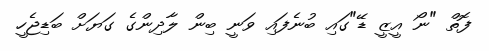
ފޮތް "ނޯ އީޒީ ޑޭ"ގައި ބުނެފައި ވަނީ ބިން ލާދިންގެ ގަޔަށް ބަޑިޖެހީ